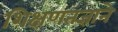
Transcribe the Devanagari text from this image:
शिक्षणतज्ञाने